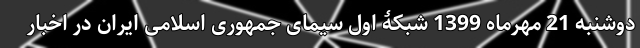
دوشنبه 21 مهرماه 1399 شبکۀ اول سیمای جمهوری اسلامی ایران در اخبار